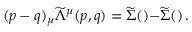
( p - q ) _ { \mu } { \widetilde { \Lambda } } ^ { \mu } ( p , q ) = \widetilde { \Sigma } ( \not { p } ) - \widetilde { \Sigma } ( \not { q } ) \, .